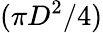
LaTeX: (\pi D^{2}/4)